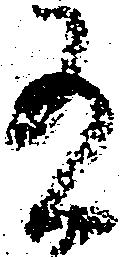
有